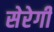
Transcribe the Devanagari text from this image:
सेरेगी